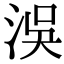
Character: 洖